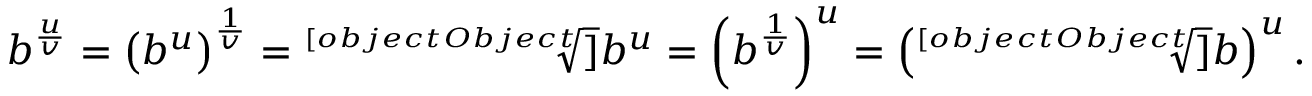
b ^ { \frac { u } { v } } = \left( b ^ { u } \right) ^ { \frac { 1 } { v } } = { \sqrt [ [object Object] ] { b ^ { u } } } = \left( b ^ { \frac { 1 } { v } } \right) ^ { u } = \left( { \sqrt [ [object Object] ] { b } } \right) ^ { u } .